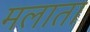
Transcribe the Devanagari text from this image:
मलाता